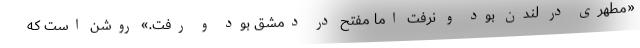
«مطهری در لندن بود و نرفت اما مفتح در دمشق بود و رفت.» روشن است که